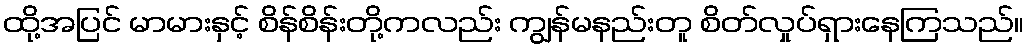
ထို့အပြင် မာမားနှင့် စိန်စိန်းတို့ကလည်း ကျွန်မနည်းတူ စိတ်လှုပ်ရှားနေကြသည်။